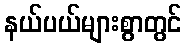
နယ်ပယ်များစွာတွင်